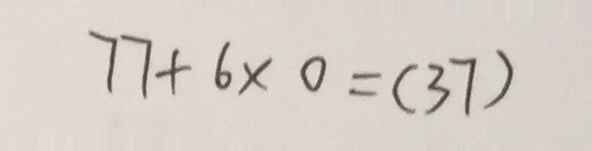
7 7 + 6 \times 0 = ( 3 7 )